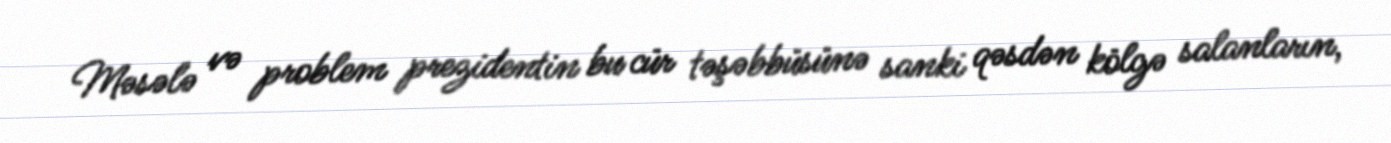
Məsələ və problem prezidentin bu cür təşəbbüsünə sanki qəsdən kölgə salanların,